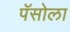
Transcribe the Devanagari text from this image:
पॅसोला